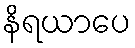
နိရယာပေ